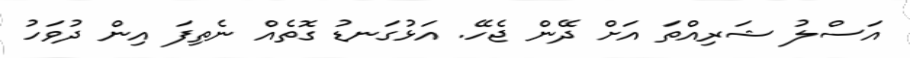
އަސްލު ޝަރިއްތަ އަށް ދޭން ޖެހޭ. އަޅުގަނޑު ގޮތެއް ނެތިފަ އިން ދުވަހު